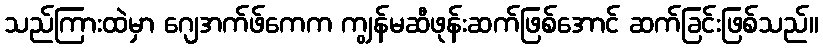
သည်ကြားထဲမှာ ဂျေအက်ဖ်ကေက ကျွန်မဆီဖုန်းဆက်ဖြစ်အောင် ဆက်ခြင်းဖြစ်သည်။